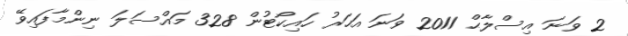
2 ވަނަ އިސްލާޙް 2011 ވަނަ އަހަރު ހައިކޯޓުން 328 މައްސަލަ ނިންމާފައިވޭ